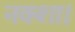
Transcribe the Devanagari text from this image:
नक्शा।